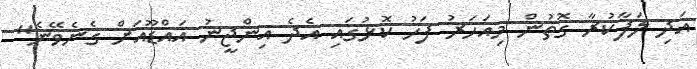
އަދި ލަފާކުރާ ގޮތުން މިއަހަރު ފަހު ކޮޅުގައި އެދެ އިންޖީނު އައްޑޫއަށް ގެނެވޭނެ"